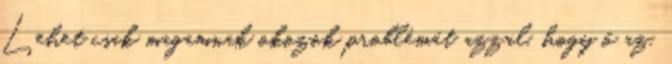
Lehet csak magamnak okozok problémát azzal, hogy ő az,